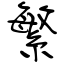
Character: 繁